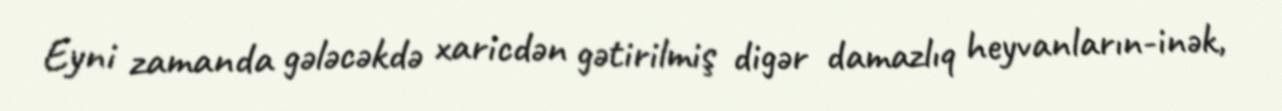
Eyni zamanda gələcəkdə xaricdən gətirilmiş digər damazlıq heyvanların-inək,